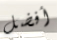
أفضل